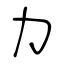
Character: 力